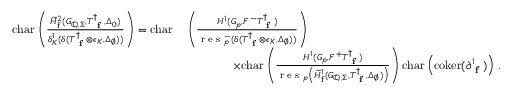
\begin{array} { r } { \begin{array} { r l } { \mathrm { c h a r } \left( \frac { \widetilde { H } _ { \mathrm { f } } ^ { 2 } ( G _ { \mathbb { Q } , \Sigma } , T _ { \textup { \bf f } } ^ { \dagger } , \Delta _ { 0 } ) } { \delta _ { K } ^ { 1 } ( \delta ( T _ { \textup { \bf f } } ^ { \dagger } \otimes \epsilon _ { K } , \Delta _ { \emptyset } ) ) } \right) = \mathrm { c h a r } } & { \, \left( \frac { H ^ { 1 } ( G _ { p } , F ^ { - } T _ { \textup { \bf f } } ^ { \dagger } ) } { \textup { r e s } _ { p } ^ { - } ( \delta ( T _ { \textup { \bf f } } ^ { \dagger } \otimes \epsilon _ { K } , \Delta _ { \emptyset } ) ) } \right) } \\ & { \qquad \qquad \times \mathrm { c h a r } \left( \frac { H ^ { 1 } ( G _ { p } , F ^ { + } T _ { \textup { \bf f } } ^ { \dagger } ) } { \textup { r e s } _ { p } \left( \widetilde { H } _ { \mathrm { f } } ^ { 1 } ( G _ { \mathbb { Q } , \Sigma } , T _ { \textup { \bf f } } ^ { \dagger } , \Delta _ { \emptyset } ) \right) } \right) \mathrm { c h a r } \left( \mathrm { c o k e r } ( \partial _ { \textup { \bf f } } ^ { 1 } ) \right) \, . } \end{array} } \end{array}